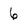
Character: 6